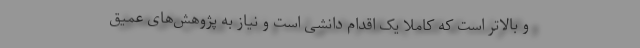
و بالاتر است که کاملا یک اقدام دانشی است و نیاز به پژوهش‌های عمیق